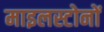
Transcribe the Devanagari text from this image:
माइलस्टोनों